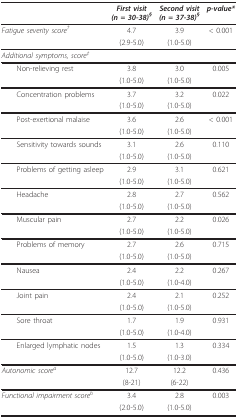
|  | First visit(n = 30-38)§ | Second visit (n = 37-38)§ | p-value* |
 | --- | --- | --- | --- |
 | Fatigue severity score† | 4.7 | 3.9 | < 0.001 |
 |  | (2.9-5.0) | (1.0-5.0) |  |
 | Additional symptoms, score‡ |  |  |  |
 | Non-relieving rest | 3.8 | 3.0 | 0.005 |
 |  | (1.0-5.0) | (1.0-5.0) |  |
 | Concentration problems | 3.7 | 3.2 | 0.022 |
 |  | (1.0-5.0) | (1.0-5.0) |  |
 | Post-exertional malaise | 3.6 | 2.6 | < 0.001 |
 |  | (1.0-5.0) | (1.0-5.0) |  |
 | Sensitivity towards sounds | 3.1 | 2.6 | 0.110 |
 |  | (1.0-5.0) | (1.0-5.0) |  |
 | Problems of getting asleep | 2.9 | 3.1 | 0.621 |
 |  | (1.0-5.0) | (1.0-5.0) |  |
 | Headache | 2.8 | 2.7 | 0.562 |
 |  | (1.0-5.0) | (1.0-5.0) |  |
 | Muscular pain | 2.7 | 2.2 | 0.026 |
 |  | (1.0-5.0) | (1.0-5.0) |  |
 | Problems of memory | 2.7 | 2.6 | 0.715 |
 |  | (1.0-5.0) | (1.0-5.0) |  |
 | Nausea | 2.4 | 2.2 | 0.267 |
 |  | (1.0-5.0) | (1.0-4.0) |  |
 | Joint pain | 2.4 | 2.1 | 0.252 |
 |  | (1.0-5.0) | (1.0-5.0) |  |
 | Sore throat | 1.7 | 1.9 | 0.931 |
 |  | (1.0-5.0) | (1.0-4.0) |  |
 | Enlarged lymphatic nodes | 1.5 | 1.3 | 0.334 |
 |  | (1.0-5.0) | (1.0-3.0) |  |
 | Autonomic scorea | 12.7 | 12.2 | 0.436 |
 |  | (8-21) | (6-22) |  |
 | Functional impairment scoreb | 3.4 | 2.8 | 0.003 |
 |  | (2.0-5.0) | (1.0-5.0) |  |